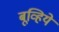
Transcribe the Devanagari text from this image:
बूव्हिये